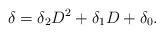
LaTeX: \begin{align*}\delta = \delta_2 D^2 + \delta_1 D + \delta_0. \end{align*}